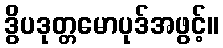
ဒွိပဒုတ္တမောပုဒ်အဖွင့်။